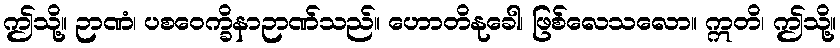
ဤသို့။ ဉာဏံ၊ ပစဝေက္ခိနာဉာဏ်သည်။ ဟောတိနုခေါ၊ ဖြစ်လေသလော။ ဣတိ၊ ဤသို့။